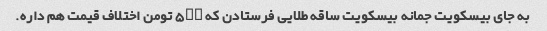
به جای بیسکویت جمانه بیسکویت ساقه طلایی فرستادن که ۵۰۰ تومن اختلاف قیمت هم داره.